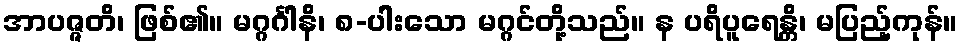
အာပဇ္ဇတိ၊ ဖြစ်၏။ မဂ္ဂင်္ဂါနိ၊ ၈-ပါးသော မဂ္ဂင်တို့သည်။ န ပရိပူရေန္တိ၊ မပြည့်ကုန်။